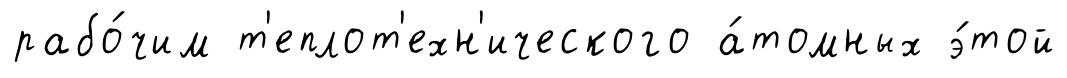
рабо́чим т'еплот'ехн'ического а́томных э́той